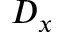
D _ { x }